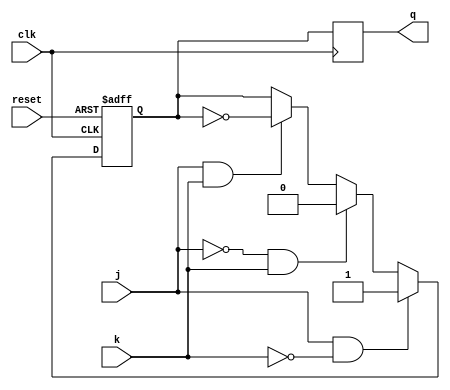
module jk_flipflop (
    input j,
    input k,
    input clk,
    input reset,
    output reg q
);

reg q_temp;

always @ (posedge clk or posedge reset) begin
    if (reset) begin
        q_temp <= 1'b0;
    end else begin
        if (j && ~k) begin
            q_temp <= 1'b1;
        end else if (~j && k) begin
            q_temp <= 1'b0;
        end else if (j && k) begin
            q_temp <= ~q_temp;
        end
    end
end

always @ (negedge clk) begin
    q <= q_temp;
end

endmodule